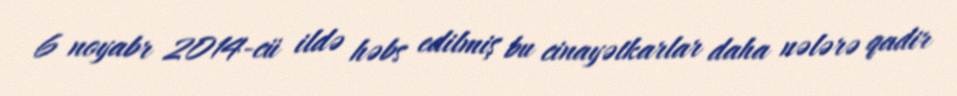
6 noyabr 2014-cü ildə həbs edilmiş bu cinayətkarlar daha nələrə qadir